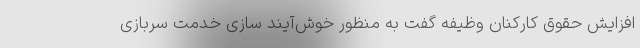
افزایش حقوق کارکنان وظیفه گفت به منظور خوش‌آیند سازی خدمت سربازی